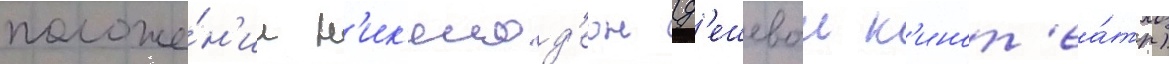
положе́н'ии н'ик'елод'еон (д'ешевыи к'инот'еа́тр)